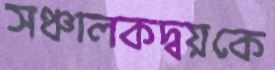
সঞ্চালকদ্বয়কে